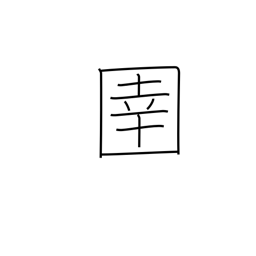
Meaning: horse tender